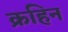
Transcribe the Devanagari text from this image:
क्रहिन